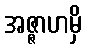
အဇ္ဇာဟမှိ